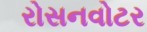
રોસનવોટર